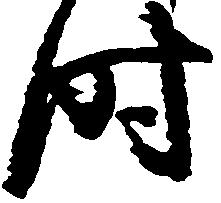
時